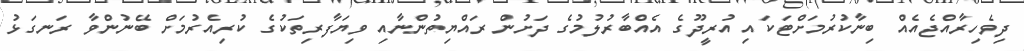
ދިވެހިރާއްޖެއެއް ބިނާކުރުމަށްޓަކައި އުރީދޫގެ އެއްބާރުލުމުގެ ދަށުން ރައްޔިތުންނާއި ވިޔަފާރިތަކުގެ ކުރިއެރުމަށް ބޭނުންވާ ރަނގަޅު